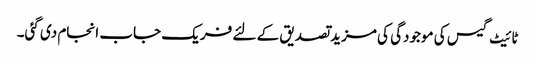
ٹائیٹ گیس کی موجودگی کی مزید تصدیق کے لئے فریک جاب انجام دی گئی۔